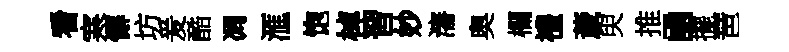
看寒懈坊爰酷凋滙饱棹習妙瀋奥欄禮薉臾推凾擺琶